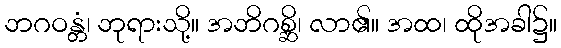
ဘဂဝန္တံ၊ ဘုရားသို့။ အဘိဂစ္ဆိ၊ လာ၏။ အထ၊ ထိုအခါ၌။